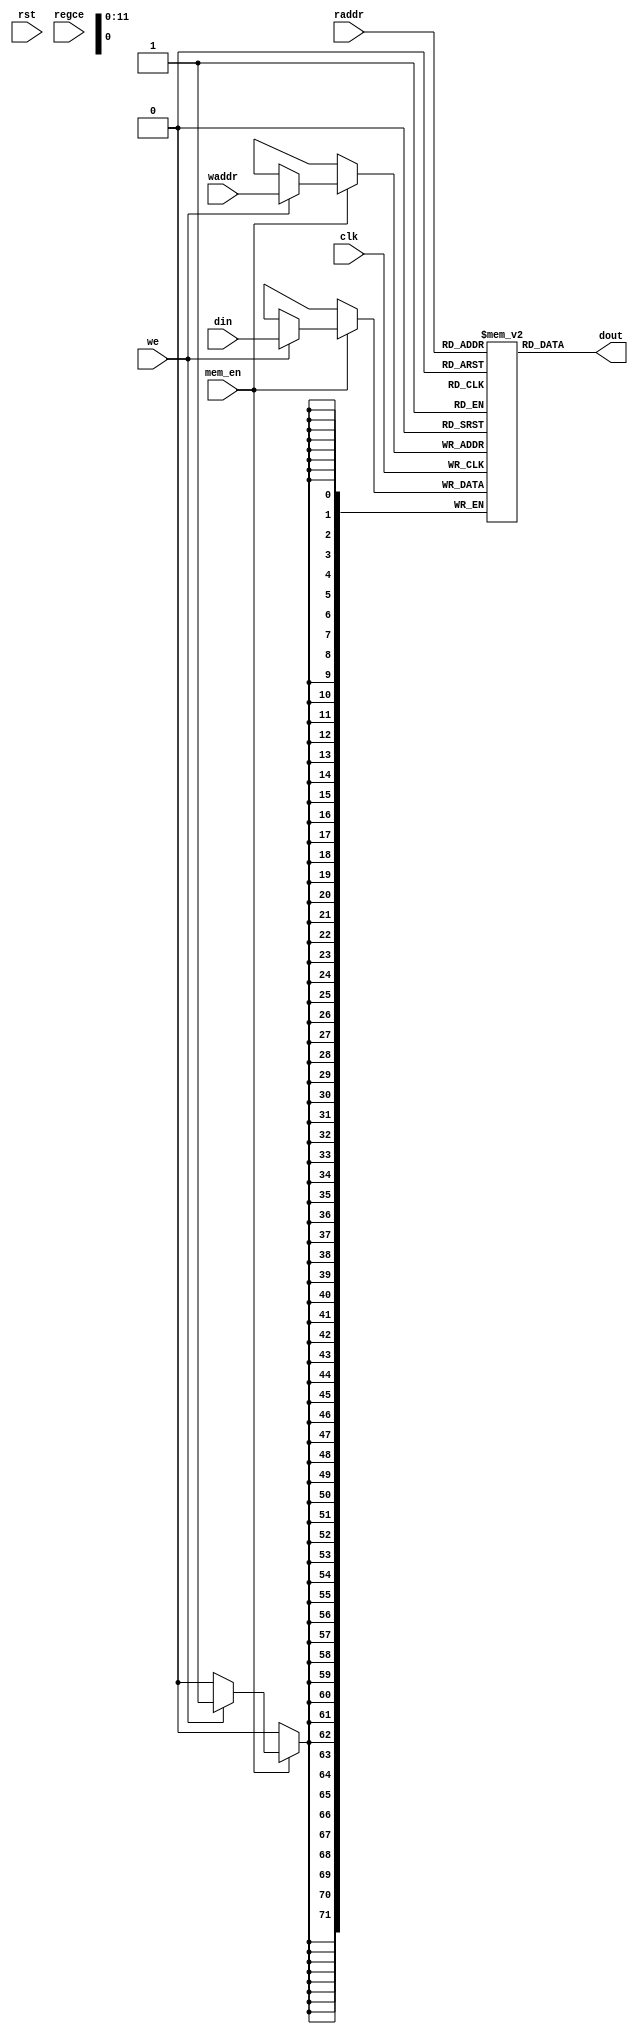
module UltraRAM #(
  parameter AWIDTH = 12,  // Address Width
  parameter DWIDTH = 72,  // Data Width
  parameter NBPIPE = 3    // Number of pipeline Registers
 ) (
    input clk,                    // Clock
    input rst,                    // Reset
    input we,                     // Write Enable
    input regce,                  // Output Register Enable
    input mem_en,                 // Memory Enable
    input [DWIDTH-1:0] din,       // Data Input
    input [AWIDTH-1:0] raddr,      // Address Input
    input [AWIDTH-1:0] waddr,      // Address Input
    output reg [DWIDTH-1:0] dout  // Data Output
   );

(* ram_style = "ultra" *)
reg [DWIDTH-1:0] mem[(1<<AWIDTH)-1:0];        // Memory Declaration
reg [DWIDTH-1:0] memreg;
reg [DWIDTH-1:0] mem_pipe_reg[NBPIPE-1:0];    // Pipelines for memory
reg mem_en_pipe_reg[NBPIPE:0];                // Pipelines for memory enable

integer          i;

// RAM : Read has one latency, Write has one latency as well.
always @ (posedge clk)
begin
 if(mem_en)
  begin
	 if(we)
        mem[waddr] <= din;
	 //else
	// memreg <= mem[raddr];
	// dout <= mem[raddr];
  end
end
assign dout = mem[raddr]; 
// The enable of the RAM goes through a pipeline to produce a
// series of pipelined enable signals required to control the data
// pipeline.
// always @ (posedge clk)
// begin
// mem_en_pipe_reg[0] <= mem_en;
//  for (i=0; i<NBPIPE; i=i+1)
//   mem_en_pipe_reg[i+1] <= mem_en_pipe_reg[i];
// end

// // RAM output data goes through a pipeline.
// always @ (posedge clk)
// begin
//  if (mem_en_pipe_reg[0])
//   mem_pipe_reg[0] <= memreg;
// end

// always @ (posedge clk)
// begin
//  for (i = 0; i < NBPIPE-1; i = i+1)
//   if (mem_en_pipe_reg[i+1])
//     mem_pipe_reg[i+1] <= mem_pipe_reg[i];
// end

// // Final output register gives user the option to add a reset and
// // an additional enable signal just for the data ouptut
// always @ (posedge clk)
// begin
//  if (rst)
//   dout <= 0;
//  else if (mem_en_pipe_reg[NBPIPE] && regce)
//   dout <= mem_pipe_reg[NBPIPE-1];
// end
endmodule